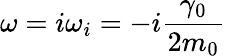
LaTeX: \omega=i\omega_{i}=-i\frac{\gamma_{0}}{2m_{0}}